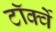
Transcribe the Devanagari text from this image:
टॉर्क्वे